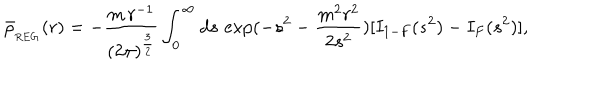
LaTeX: \bar { \rho } _ { { } _ { \mathrm { R E G } } } ( r ) = - \frac { m \, r ^ { - 1 } } { ( 2 \pi ) ^ { \frac { 3 } { 2 } } } \int _ { 0 } ^ { \infty } d s \, \exp ( - s ^ { 2 } - \frac { m ^ { 2 } r ^ { 2 } } { 2 { s } ^ { 2 } } ) [ I _ { 1 - F } ( s ^ { 2 } ) - I _ { F } ( s ^ { 2 } ) ] ,